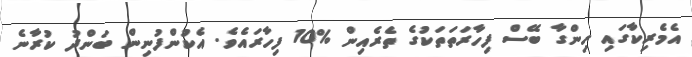
އެމެރިކާގައި ހިންގާ ބޭސް ފިހާރަތަތަކުގެ ތެރެއިން %10 ފިހާރައެވެ. އެކުންފުނިން ބަންދު ކުރާނެ